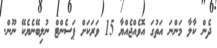
ދެން ކާލާ މަންނަ އަތުގަ އޮވެއްޖެއްޔާ 15 ވަރަކަށް ޕަސެންޓް ނުލިބޭނެޔެކޭ ނޫން.